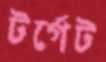
টর্গেট